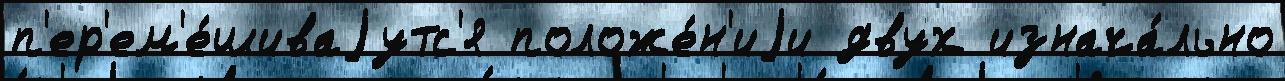
п'ер'ем'е́шиваjутс'я положе́н'иjи двух изнача́льно